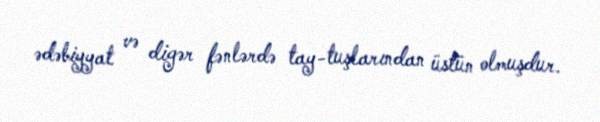
ədəbiyyat və digər fənlərdə tay-tuşlarından üstün olmuşdur.